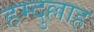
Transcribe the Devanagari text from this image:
हम्दुल्लाह